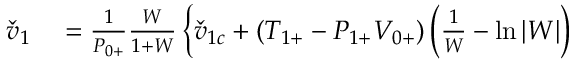
\begin{array} { r l } { \check { v } _ { 1 } } & { { } = \frac { 1 } { { P } _ { 0 + } } \frac { W } { 1 + W } \left\{ \check { v } _ { 1 c } + ( { T } _ { 1 + } - { P } _ { 1 + } { V } _ { 0 + } ) \left( \frac { 1 } { W } - \ln { | W | } \right) \right. } \end{array}